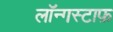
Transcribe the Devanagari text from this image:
लॉन्गस्टाफ़